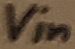
Text: Vin